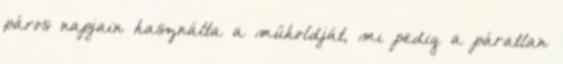
páros napjain használta a műholdját, mi pedig a páratlan